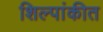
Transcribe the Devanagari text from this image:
शिल्पांकीत